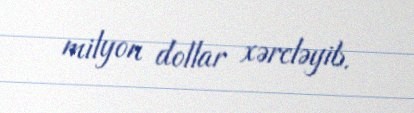
milyon dollar xərcləyib.